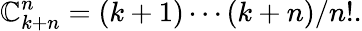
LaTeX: \mathbb{C}_{k+n}^{n}=(k+1)\cdots(k+n)/n!.